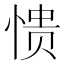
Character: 愦